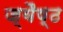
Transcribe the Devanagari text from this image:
ज्यैष्ठ